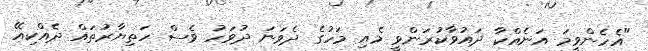
"އެހެންވީމަ އަނެއްކާ ދައުވާކުރަންވީ މެއި މަހުގެ ދެވަނަ ދުވަހު ވެސް ހަތިޔާރުތައް ދެއްކިއޭ